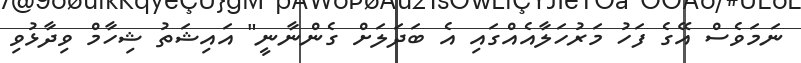
ނަމަވެސް އޭގެ ފަހު މަރުހަލާއެއްގައި އެ ބަދަލަށް ގެންނާނީ" އައިޝަތު ޝިހާމް ވިދާޅުވި